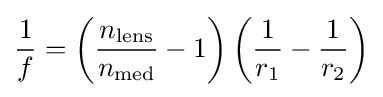
{\frac {1}{f}}=\left({\frac {n_{\mathrm {lens} }}{{n}_{\mathrm {med} }}}-1\right)\left({\frac {1}{r_{1}}}-{\frac {1}{r_{2}}}\right)\,\!